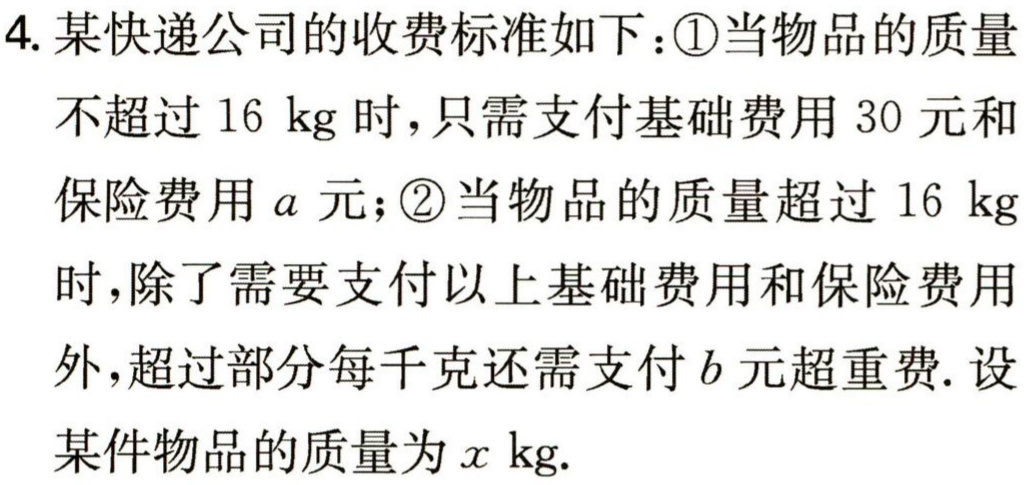
4. 某快递公司的收费标准如下：\textcircled{1}当物品的质量不超过 \(16\mathrm{\ kg}\) 时，只需支付基础费用 \(30\) 元和保险费用 \(a\) 元；\textcircled{2}当物品的质量超过 \(16\mathrm{\ kg}\) 时，除了需要支付以上基础费用和保险费用外，超过部分每千克还需支付 \(b\) 元超重费. 设某件物品的质量为 \(x\mathrm{\ kg}\).